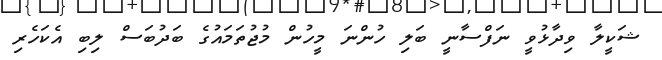
ޝަކީލާ ވިދާޅުވީ ނަފްސާނީ ބަލި ހުންނަ މީހުން މުޖުތަމައުގެ ބަދުބަސް ލިބި އެކަހެރި